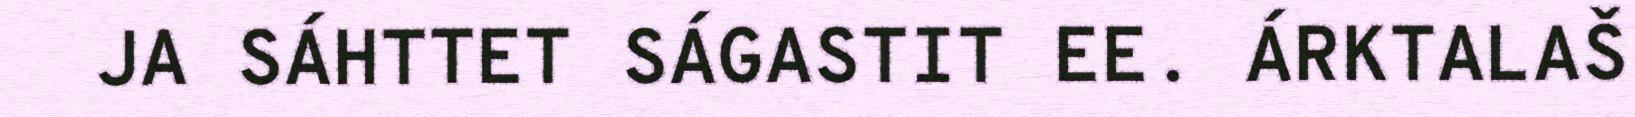
JA SÁHTTET SÁGASTIT EE. ÁRKTALAŠ